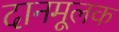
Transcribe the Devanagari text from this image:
दानमूलक